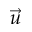
\vec { u }